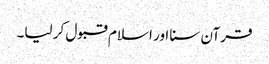
قرآن سنا اور اسلام قبول کر لیا۔